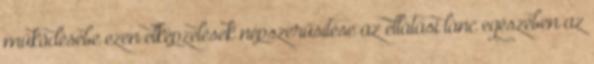
működésébe ezen elképzelések népszerűsítése az ellátási lánc egészében az